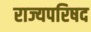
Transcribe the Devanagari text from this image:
राज्यपरिषद